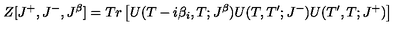
Z [ J ^ { + } , J ^ { - } , J ^ { \beta } ] = T r \left[ U ( T - i \beta _ { i } , T ; J ^ { \beta } ) U ( T , T ^ { \prime } ; J ^ { - } ) U ( T ^ { \prime } , T ; J ^ { + } ) \right]